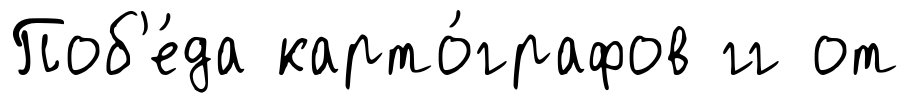
Поб'е́да карто́графов гг от